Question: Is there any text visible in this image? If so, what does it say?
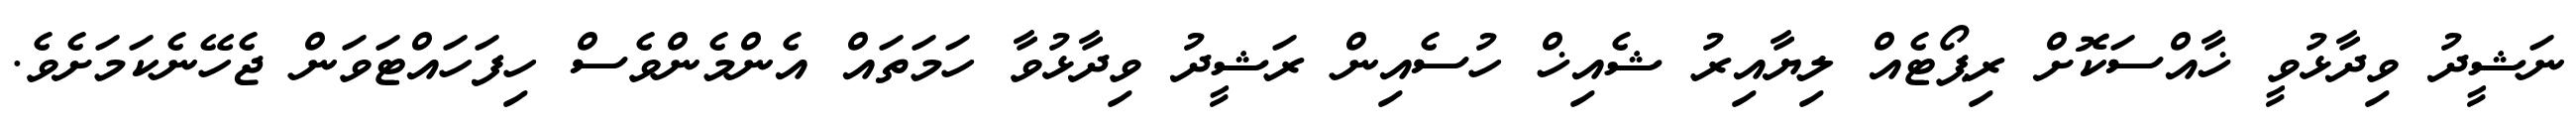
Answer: ނަޝީދު ވިދާޅުވީ ޚާއްސަކޮށް ރިޕޯޓެއް ލިޔާއިރު ޝެއިޚް ހުސެއިން ރަޝީދު ވިދާޅުވާ ހަމަތައް އެންމެންވެސް ހިފަހައްޓަވަން ޖެހޭނެކަމަށެވެ.